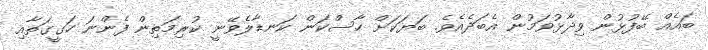
ބައެއް ބޭފުޅުން ވިދާޅުވަމުން އެބަދެއެވެ. ބަޔަކަށް ހާސްކަން ކަނޑާލެވޭނީ ކުރިމަތިން ފެންނަ ހަގީގަތާއި